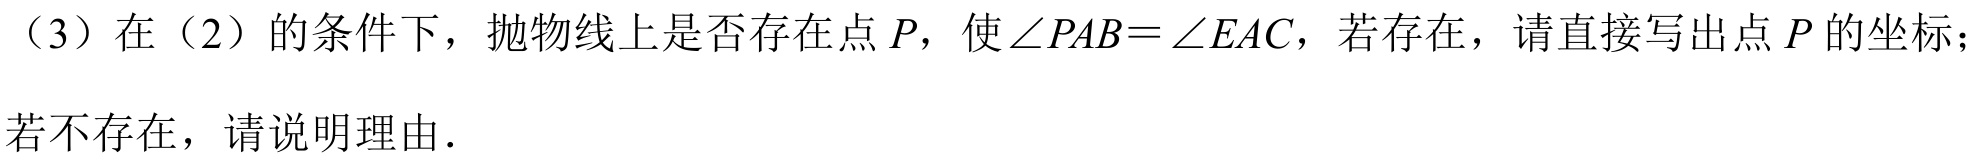
（3）在（2）的条件下，抛物线上是否存在点$P$，使$\angle PAB = \angle EAC$，若存在，请直接写出点$P$的坐标；若不存在，请说明理由.